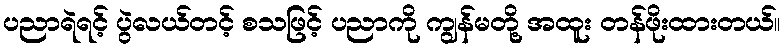
ပညာရဲရင့် ပွဲလယ်တင့် စသဖြင့် ပညာကို ကျွန်မတို့ အထူး တန်ဖိုးထားတယ်။